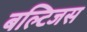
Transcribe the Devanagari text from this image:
बल्टिजस